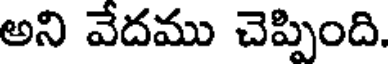
అని వేదము చెప్పింది.